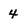
Character: 4